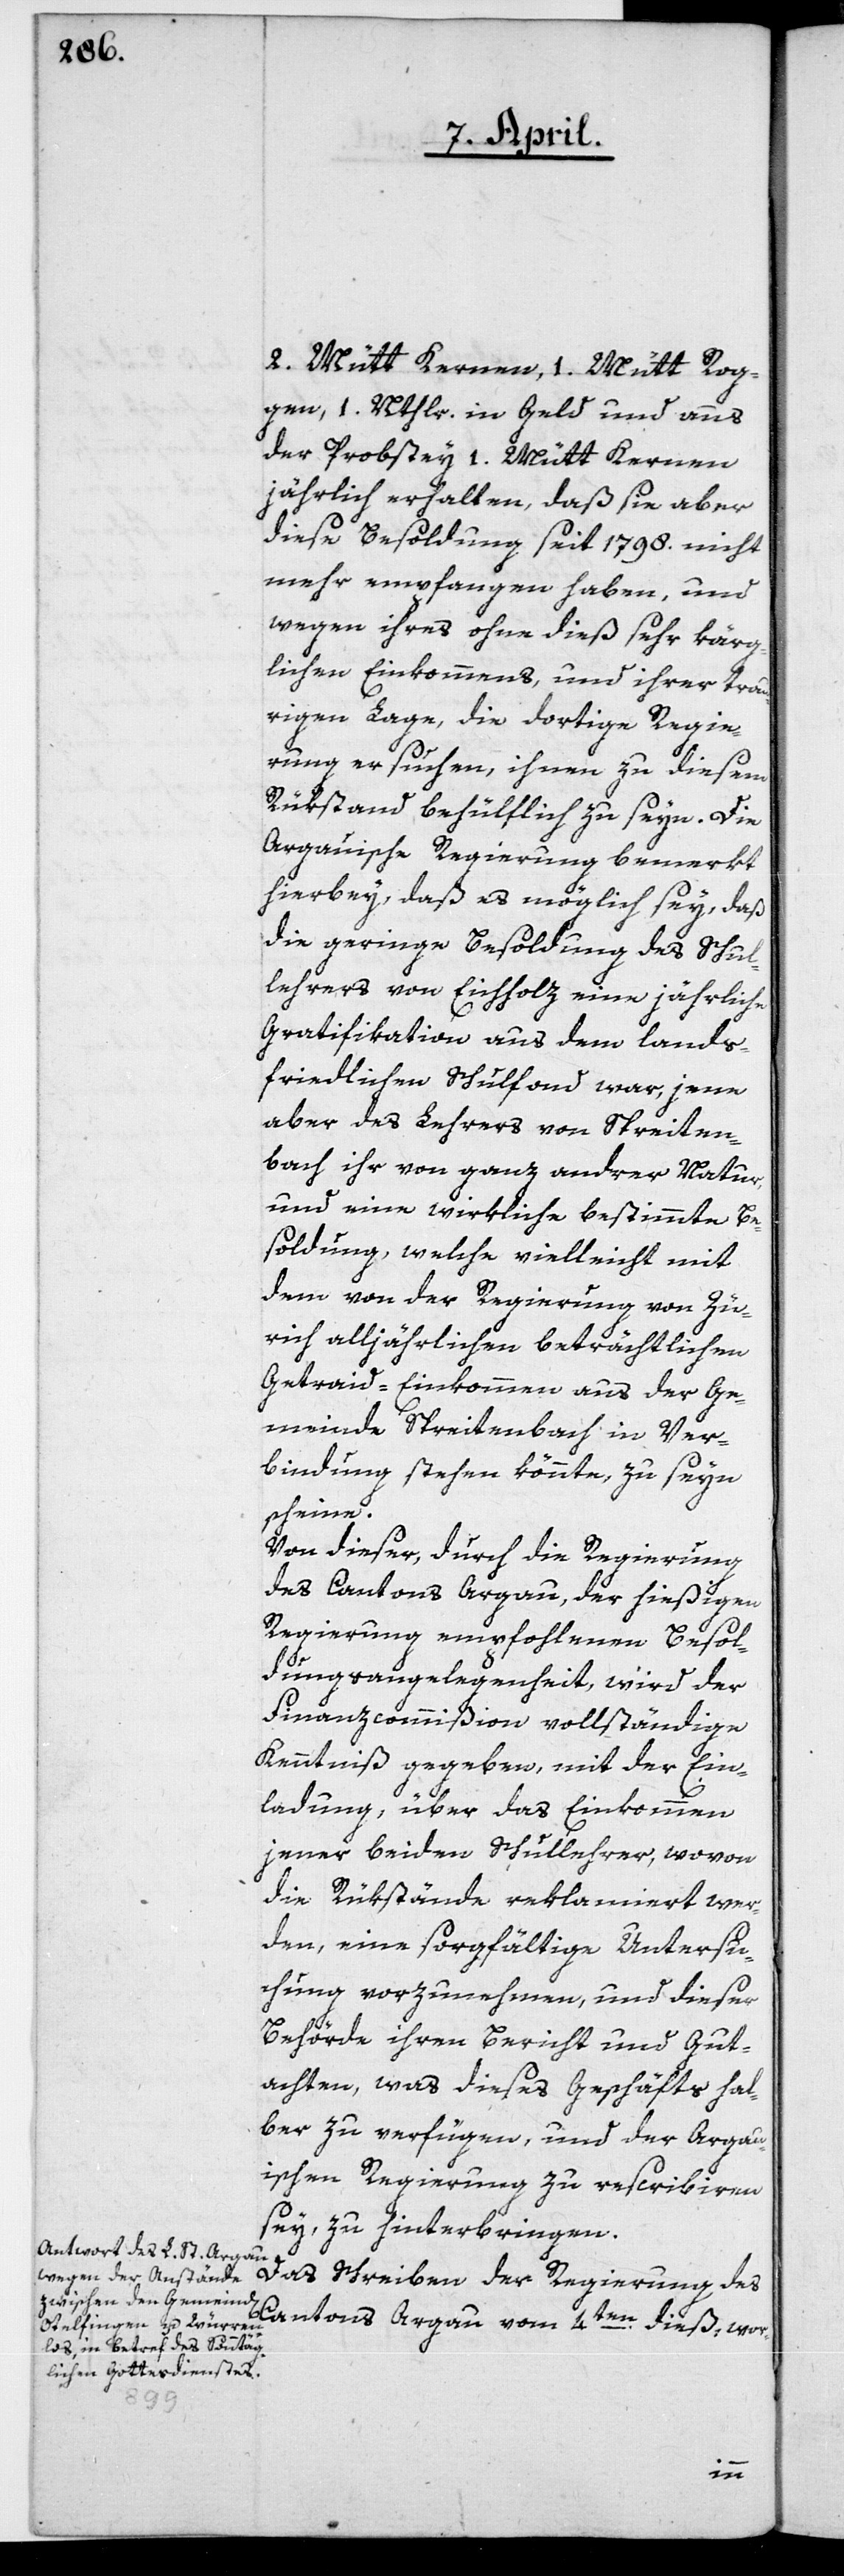
2. Mütt Kernen, 1. Mütt Rog¬
gen, 1. Nthler in Geld und aus
der Probstey 1. Mütt Kernen,
jährlich erhalten, daß sie aber
diese Besoldung seit 1798. nicht
mehr empfangen haben, und
wegen ihres ohne dieß sehr kärg¬
lichen Einkommens, und ihrer trau¬
rigen Lage, die dortige Regie¬
rung ersuchen, ihnen zu diesem
Rükstand behülflich zu seyn. Die
Argauische Regierung bemerkt
hierbey, daß es möglich sey, daß
die geringe Besoldung des Schul¬
lehrers von Eichholz eine jährliche
Gratifikation aus dem lands¬
friedlichen Schulfond war, jene
aber des Lehrers von Spreiten¬
bach ihr von ganz andrer Natur,
und eine wirkliche bestimmte Be¬
soldung, welche vielleicht mit
dem von der Regierung von Zü¬
rich alljährlichen beträchtlichen
Getraid-Einkommen aus der Ge¬
meinde Spreitenbach in Ver¬
bindung stehen könnte, zu seyn
scheine.
Von dieser, durch die Regierung
des Cantons Argau, der hießigen
Regierung empfohlenen Besol¬
dungsangelegenheit, wird der
Finanzcommißion vollständige
Kenntniß gegeben, mit der Ein¬
ladung, über das Einkommen
jener beiden Schullehrer, wovon
die Rükstände reklamiert wer¬
den, eine sorgfältige Untersu¬
chung vorzunehmen, und dieser
Behörde ihren Bericht und Gut¬
achten, was dieses Geschäfts hal¬
ber zu verfügen, und der Argau¬
ischen Regierung zu rescribieren
sey, zu hinterbringen.
Das Schreiben der Regierung des
Cantons Argau vom 4ten dieß, wor-